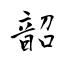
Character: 韶